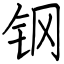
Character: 钢